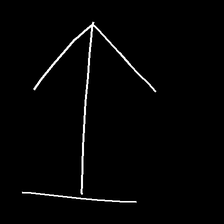
Glyph: levitation